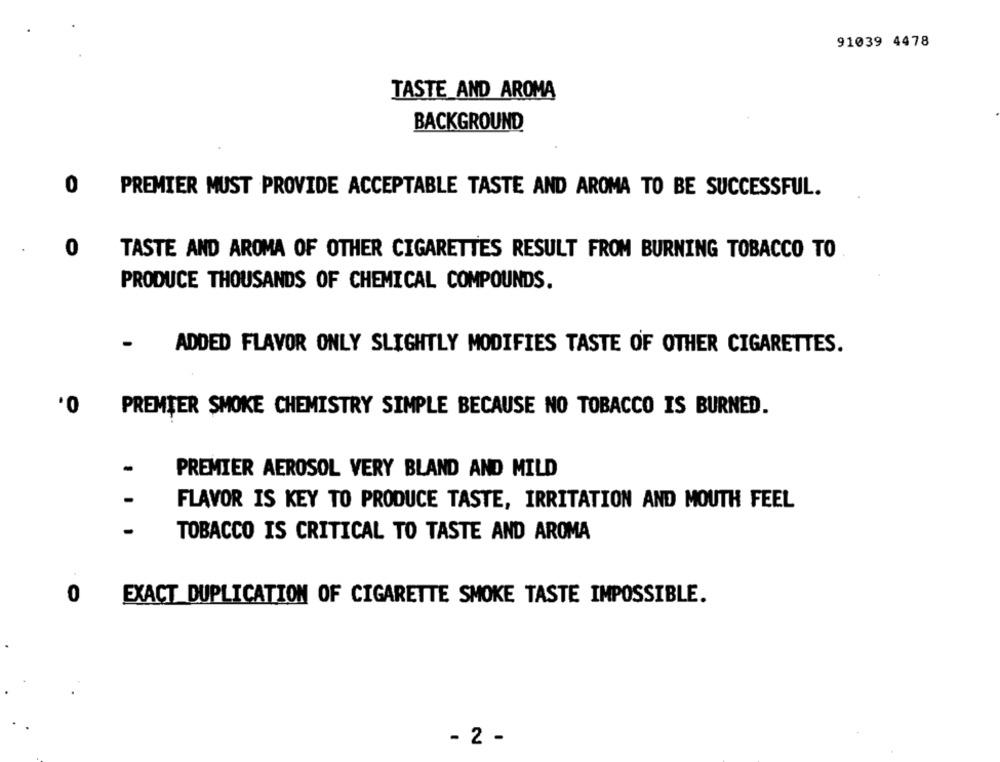
91039 4478
TASTE AND AROMA
BACKGROUND
0
PREMIER MUST PROVIDE ACCEPTABLE TASTE AND AROMA TO BE SUCCESSFUL.
0
TASTE AND AROMA OF OTHER CIGARETTES RESULT FROM BURNING TOBACCO TO
PRODUCE THOUSANDS OF CHEMICAL COMPOUNDS.
-
ADDED FLAVOR ONLY SLIGHTLY MODIFIES TASTE OF OTHER CIGARETTES.
PREMIER SMOKE CHEMISTRY SIMPLE BECAUSE NO TOBACCO IS BURNED.
PREMIER AEROSOL VERY BLAND AND MILD
FLAVOR IS KEY TO PRODUCE TASTE, IRRITATION AND MOUTH FEEL
TOBACCO IS CRITICAL TO TASTE AND AROMA
0
EXACT DUPLICATION OF CIGARETTE SMOKE TASTE IMPOSSIBLE.
- 2 -